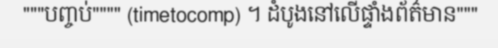
"""បញ្ចប់"""" (timetocomp) ។ ដំបូងនៅលើផ្ទាំងព័ត៌មាន"""